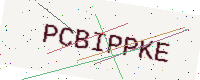
Text: PCBIPPKE